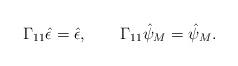
LaTeX: \begin{align*}\Gamma_{11}\hat\epsilon = \hat\epsilon, \qquad \Gamma_{11}\hat\psi_M =\hat\psi_M.\end{align*}